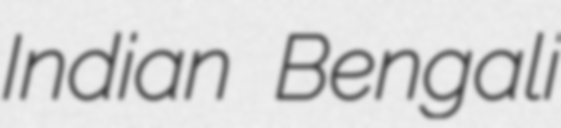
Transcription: Indian Bengali